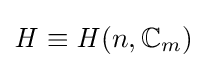
{\mathit {H}}\equiv {\mathit {H}}(n,\mathbb {C} _{m})